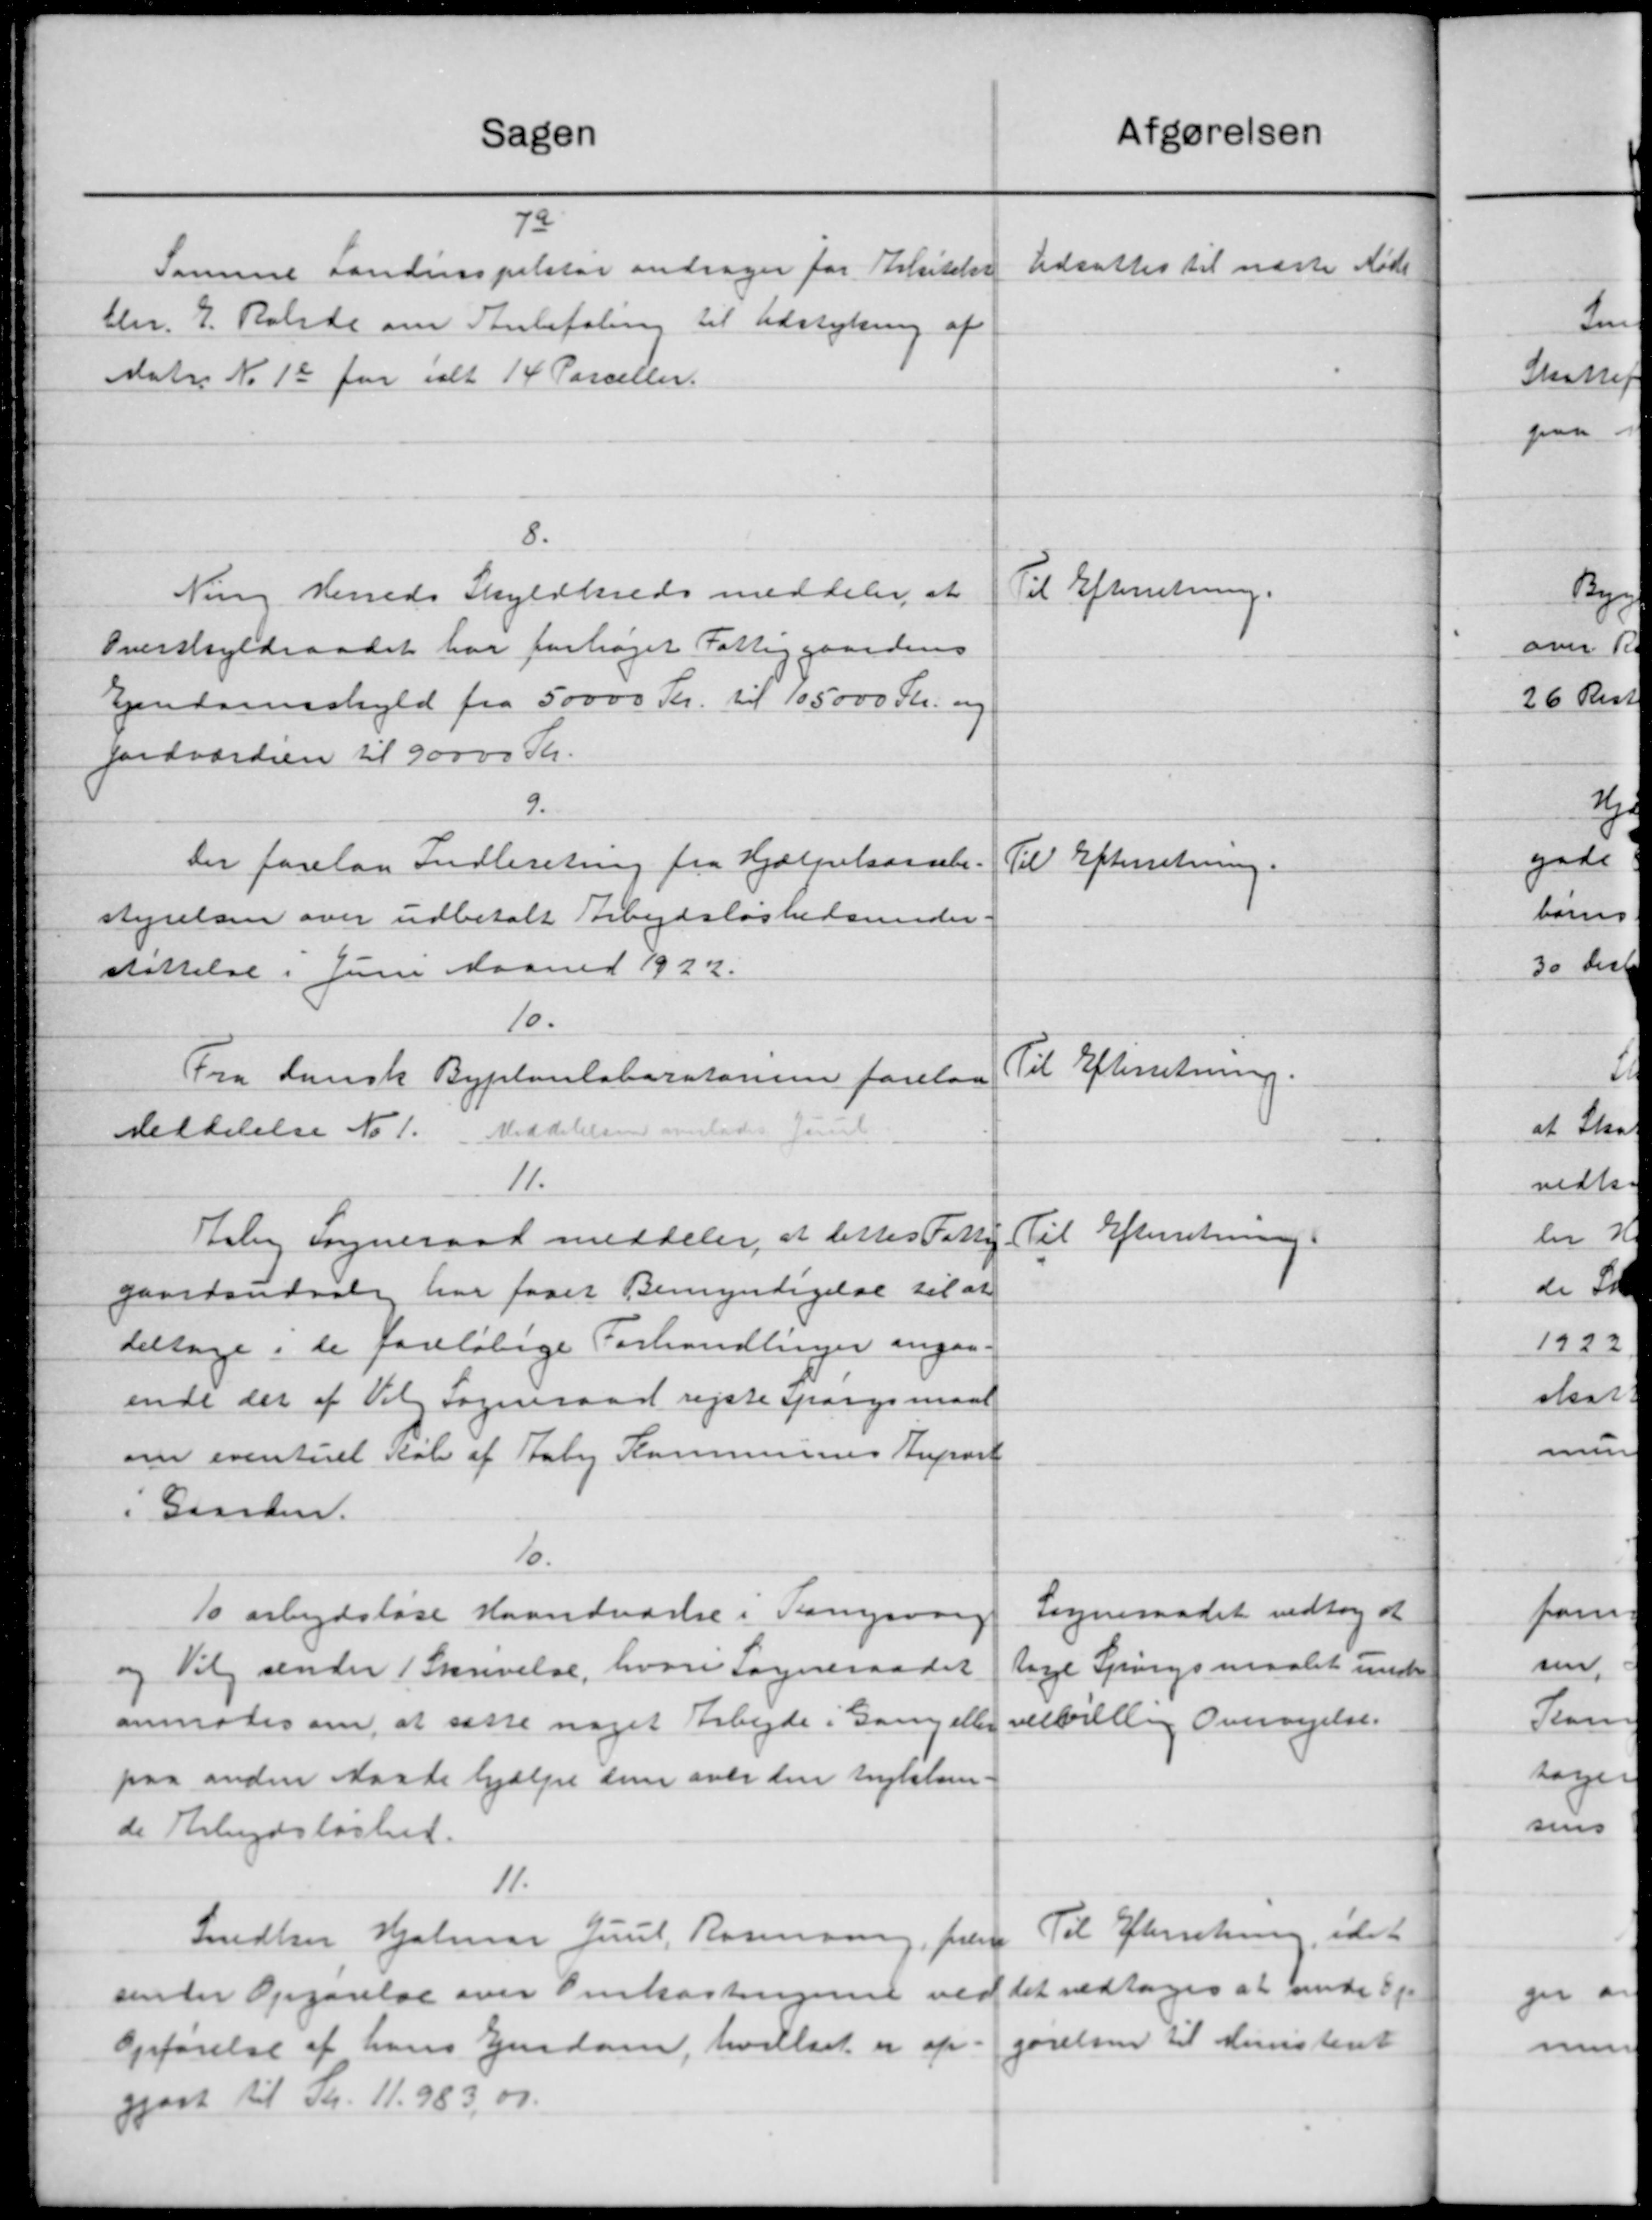
Transskription:
afgørelsen
Sagen
72
Udsattes til næste Mød
Samme Landinspektør andrager for Arkitekør
th. E. Rolade om Anbefaling til Udstykning af
Matr. No 16 for ialt 14 Parceller.
8.
Til Efterretning.
Ning Herreds Skyldkreds meddeler, at
Overskyldraadet har forhøjet Fattiggaardens
Ejendomsskyld fra 50000 Kr. til 105000 Kr. og
Jordværdien til 30000 Kr.
9.
Der forelaa Indberetning fra Hjælpekassebe
Til Efterretning.
styrelsen over udbetalt Arbejdsløshedsunder
støttelse i Juni Maaned 1922.
10.
Til Efterretning.
Fra dansk Byplanlaboratonen forelaa
Meddelelse No 1. Meddelelsen overlade Gardel
11.
Til Efterretning.
Taby Sogneraad meddeler, at dettes Fattig
gaardsudvalg har faaet Bemyndigelse til at
deltage i de foreløbige Forhandlinger angaa-
ende der af Valg Sogneraad rejste Spørgsmaal
om eventuel Køb af Aaby Kommunes Anpart
i Gaarden.
10.
Sogneraadet vedtog at
10 arbejdsløse Haandværke i Sangvarg
tage Spørgsmaalet under
og Valg sender i Skrivelse, hvori Sogneraadet
anmodes om, at sætte noget Arbejde i Gang eller
velvilllig Oversigelse.
paa anden Maske hjælpe dem over den trykker-
de Arbejdsløshed.
11.
Til Efterretning, idet
Snedker Hjalmar Juul, Rasmussen, frem
det vedtoges at unde Ej
senter Opgørelse over Omkostningerne ved
gørelsen til Ministeriet
Opførelse af hans Ejendom, hvilket er op-
gjort til Skr. 11.983,00.